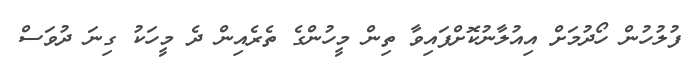
ފުލުހުން ހޯދުމަށް އިއުލާނުކޮށްފައިވާ ތިން މީހުންގެ ތެެރެއިން ދެ މީހަކު ގިނަ ދުވަސް